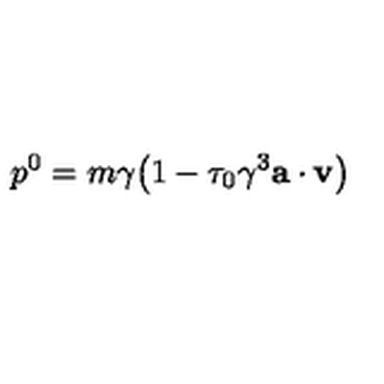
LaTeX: p ^ { 0 } = m \gamma \bigl ( 1 - \tau _ { 0 } \gamma ^ { 3 } { \bf a } \cdot { \bf v } \bigr )